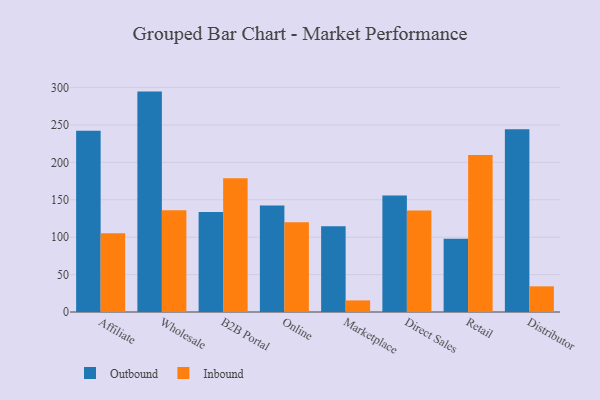
{"axis": {"x": "Channel", "y": "Demand Index"}, "legend": ["Inbound", "Outbound"], "data": [{"x": "Affiliate", "y": 242.2, "type": "Outbound"}, {"x": "Affiliate", "y": 105.3, "type": "Inbound"}, {"x": "Wholesale", "y": 294.6, "type": "Outbound"}, {"x": "Wholesale", "y": 136.1, "type": "Inbound"}, {"x": "B2B Portal", "y": 133.5, "type": "Outbound"}, {"x": "B2B Portal", "y": 178.8, "type": "Inbound"}, {"x": "Online", "y": 142.2, "type": "Outbound"}, {"x": "Online", "y": 119.9, "type": "Inbound"}, {"x": "Marketplace", "y": 114.7, "type": "Outbound"}, {"x": "Marketplace", "y": 15.5, "type": "Inbound"}, {"x": "Direct Sales", "y": 155.6, "type": "Outbound"}, {"x": "Direct Sales", "y": 135.7, "type": "Inbound"}, {"x": "Retail", "y": 97.9, "type": "Outbound"}, {"x": "Retail", "y": 209.9, "type": "Inbound"}, {"x": "Distributor", "y": 244.2, "type": "Outbound"}, {"x": "Distributor", "y": 34.3, "type": "Inbound"}]}